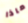
ماذا